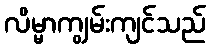
လိမ္မာကျွမ်းကျင်သည်